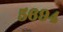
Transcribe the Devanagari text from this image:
५६९४